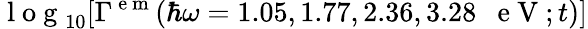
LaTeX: \mathrm{~l~o~g~}_{10}[\Gamma^{\mathrm{~e~m~}}(\hbar\omega=1.05,1.77,2.36,3.28\mathrm{~~~e~V~};t)]